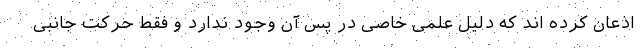
اذعان کرده اند که دلیل علمی خاصی در پس آن وجود ندارد و فقط حرکت جانبی